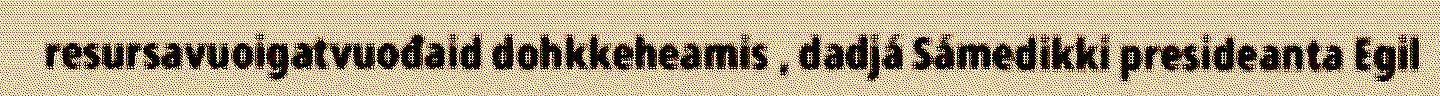
resursavuoigatvuođaid dohkkeheamis , dadjá Sámedikki presideanta Egil